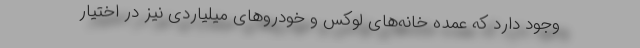
وجود دارد که عمده خانه‌های لوکس و خودروهای میلیاردی نیز در اختیار